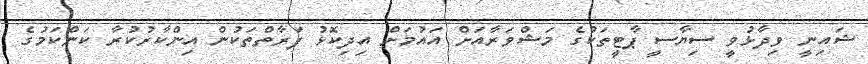
ޝައިނީ ވިދާޅުވީ ސިޔާސީ ޕާޓީތަކުގެ މަޝްވަރާއަށް އައުމަށް އިދިކޮޅު ފަރާތްތަކުން އިންކާރުކުރާ ކަންކަމުގެ